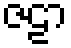
ဇဠာ